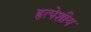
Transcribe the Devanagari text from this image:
हृत्पेशीय